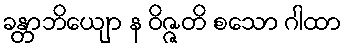
ခန္တာဘိယျော န ဝိဇ္ဇတိ စသော ဂါထာ